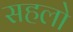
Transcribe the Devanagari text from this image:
सहलो